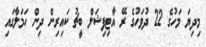
މިދިޔަ މަހުގެ 22 ދުވަހުގެ ރޭ އާޓިފިޝަލް ބީޗު ކައިރިން ދިން ހަމަލާގައި